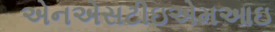
એનએસટીઇએમઆઇ